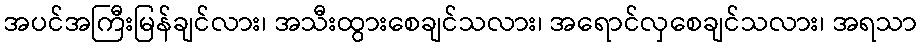
အပင်အကြီးမြန်ချင်လား၊ အသီးထွားစေချင်သလား၊ အရောင်လှစေချင်သလား၊ အရသာ